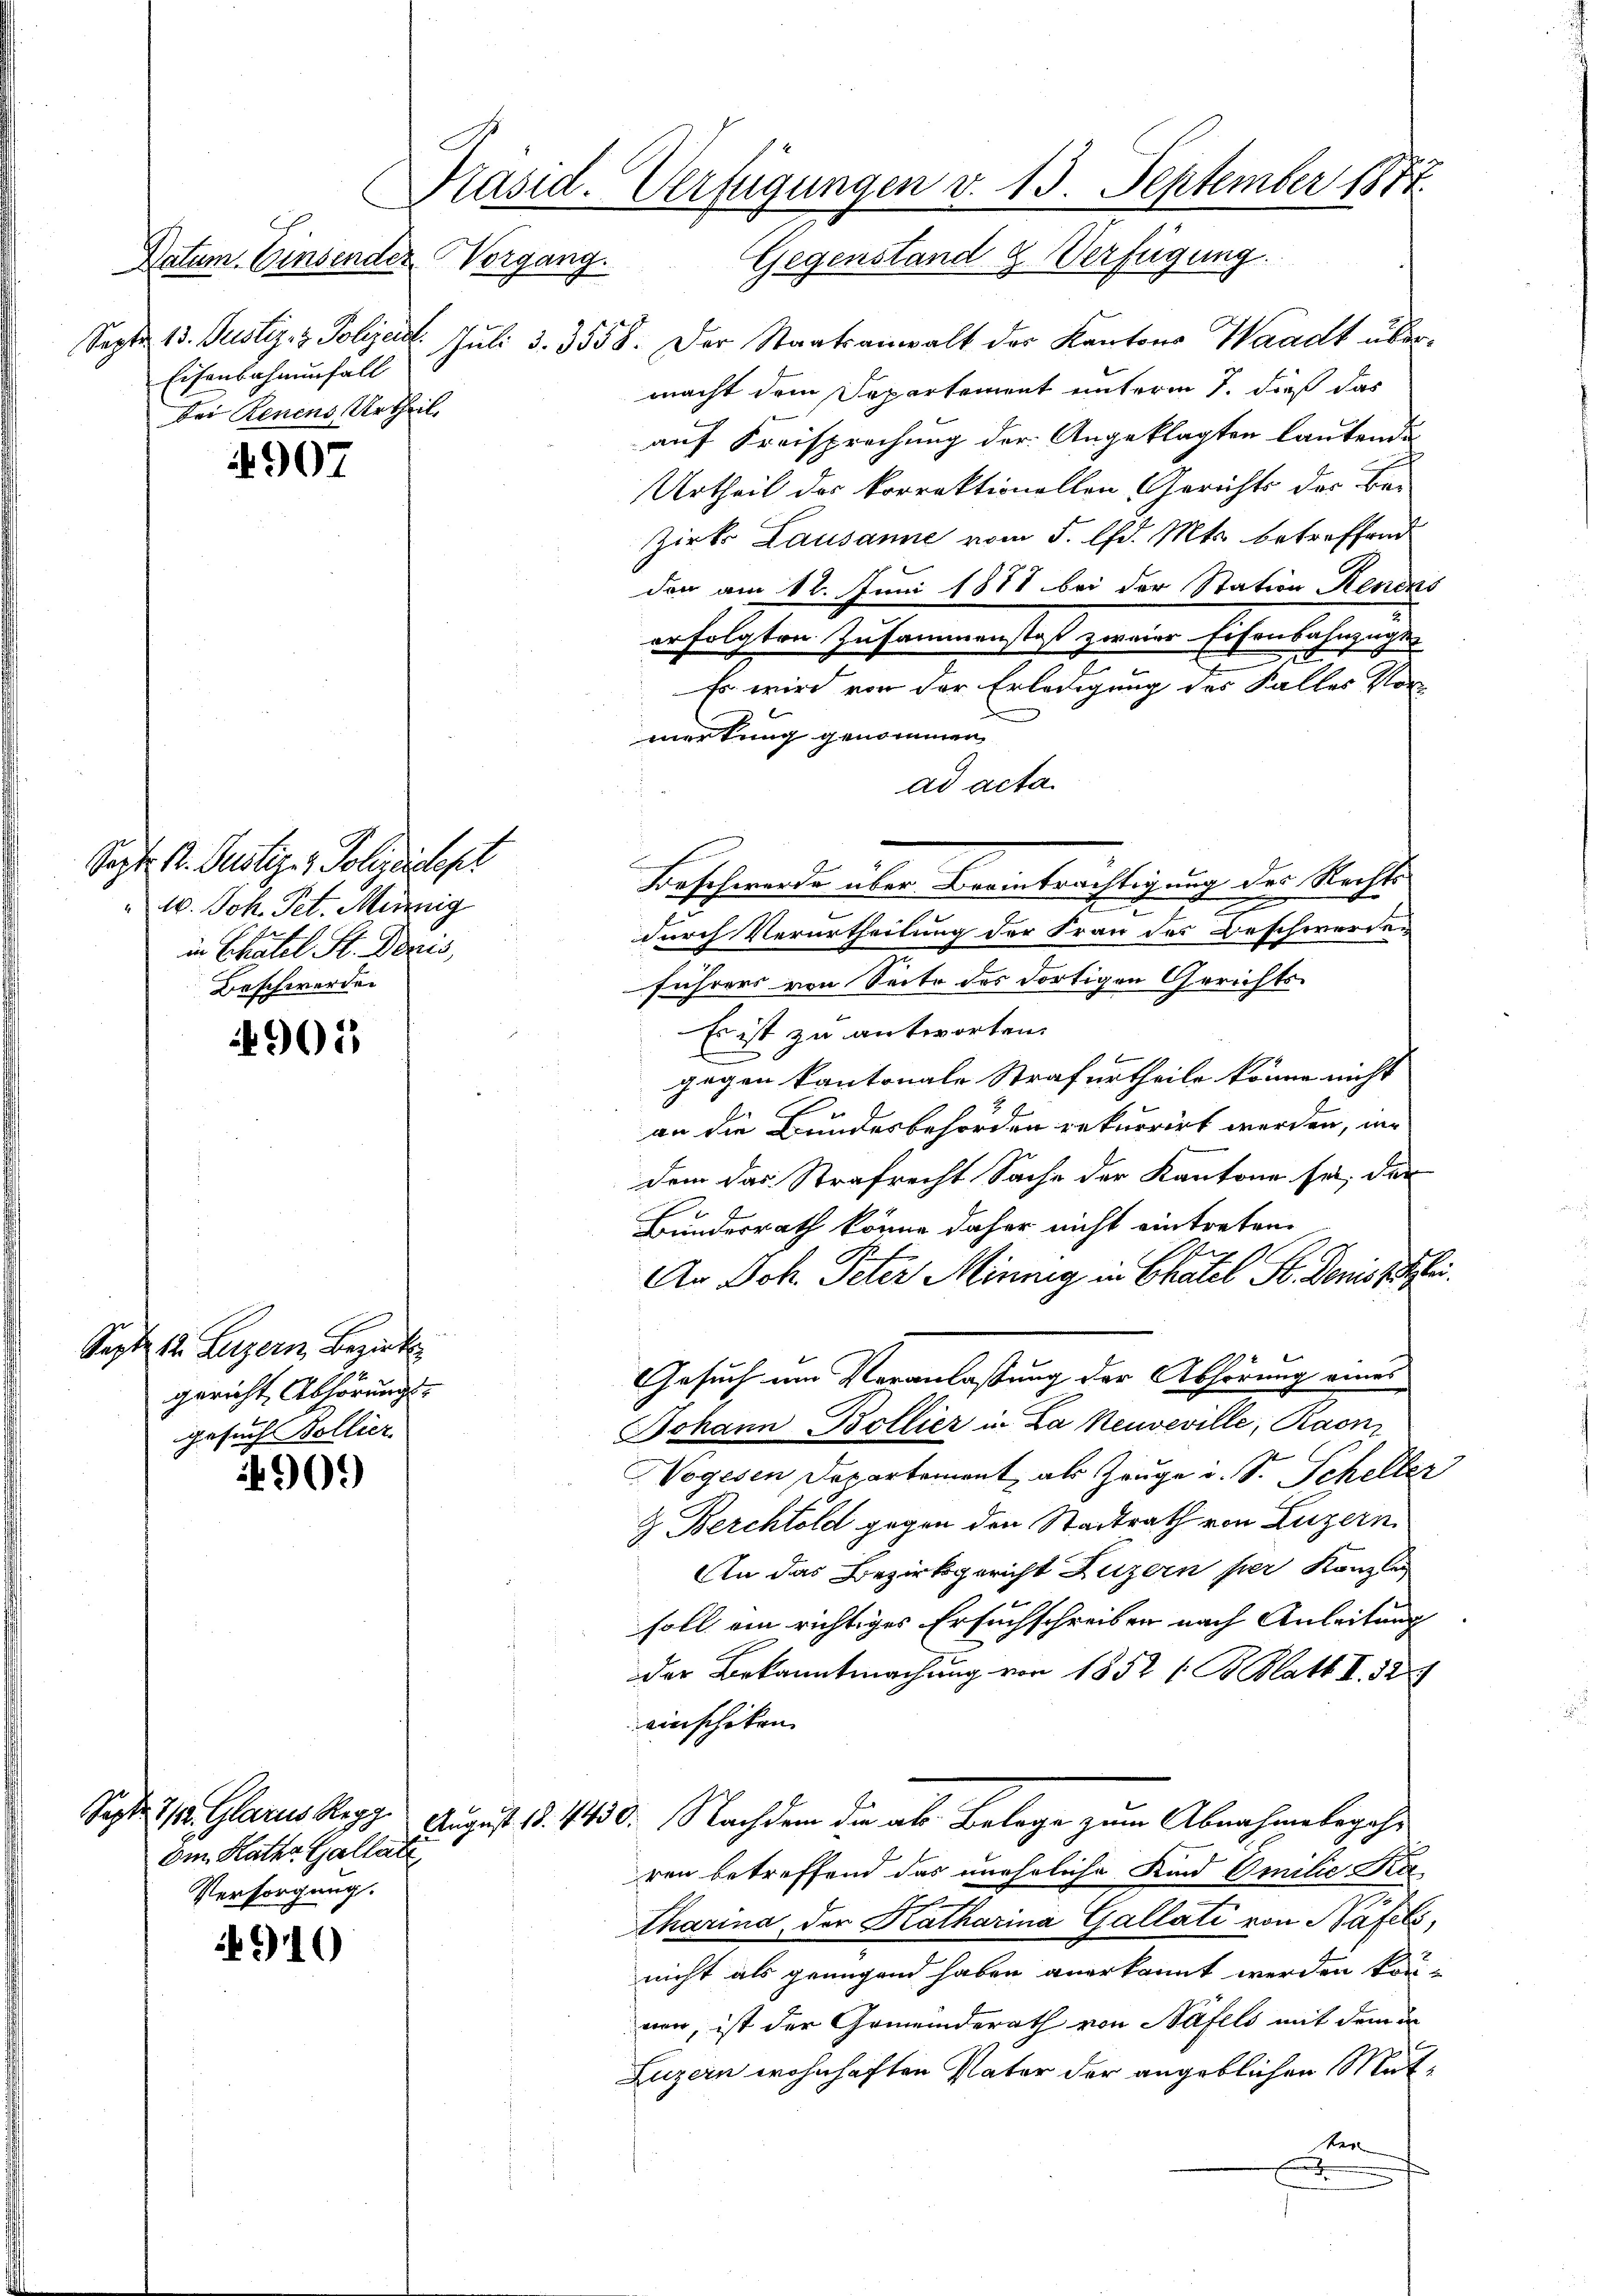
Eisenbahnenfall
Bei Renens, Urtheil

Präsid. Verfügungen v. 15. September 1874.
Vorgang. Gegenstand & Verfügung
Datum. Einsender

4907

Sept. 1. Justiz- & Polizeichept
10. Joh. Pet. Minig
in Schatel St. Doris,
Beschwerden

4901

Sept. 12. Luzern, Bezirks
gericht Abhörungs-
gesuch Bollier

4909

Am Raths Gallate
Versorgung.

910

Septe 13. Justiz & Polizenz. Juli 3. 3558. Der Staatsanwalt der Kantons Waadt übermacht dem Departement unterm 7. dieß das
auf Freisprechung der Angeklagten lautende
Urtheil des korrektionellen Gerichts der Bei
Zirk Lausanne vom 5. lfd. Mts. betreffend
den am 12. Juni 1881 bei der Station denens
erfolgten Zusammenstoß zweier Eisenbahnzuge
10
Es wird von der Erledigung des Falles Vor-
merkung genommen
ad acta
Beschwerde über Beeinträchtigung des Rechts

e
durch Verurtheilung der Frau des Beschwerder
führers von Seite des dortigen Gerichts¬
Es ist zu antworten.
E
gegen kantonale Strafurtheile könne nicht
Er

an die Bundesbehörden rekurrirt werden, in
dem das Strafrecht Sache der Kantone sei, der
Bundesrath könne daher nicht eintreten.
An Joh. Peter Minnig in Chatel St. Doris poli
Gesuch um Veranlaßung der Abhörung eines
Johann Bollier in La Neuveville, Raon¬
Vogesen Departement als Zeuge u. S. Scheller
& Berchtold gegen den Stadtrath von Luzern
An das Bezirksgericht Luzern per Kanzlei
soll ein richtiges Ersuchschreiben nach Anleitung
der Bekanntmachung von 1852 1: B. Blatt II 32
einschiken
Sept. 11. Glarus Regg. August 18. 1130. Nachdem die als Belege zum Abnahmebegehr
ren betreffend das uneheliche Kind Emilie Nie¬
u
Tharina, der Katharina Gallati von Häfels,
nicht als genügend haben anerkannt werden können, ist der Gemeinderath von Näfels mit dem in
Luzern wohnhaften Vater der angeblichen Mate